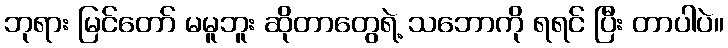
ဘုရား မြင်တော် မမူဘူး ဆိုတာတွေရဲ့ သဘောကို ရရင် ပြီး တာပါပဲ။